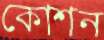
কোশন